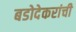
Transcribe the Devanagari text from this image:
बडोदेकरांची